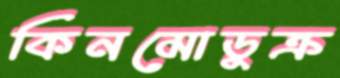
কিনমোডুক্‌র